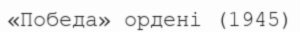
«Победа» ордені (1945)